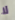
لا